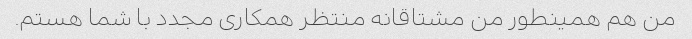
من هم همینطور من مشتاقانه منتظر همکاری مجدد با شما هستم.